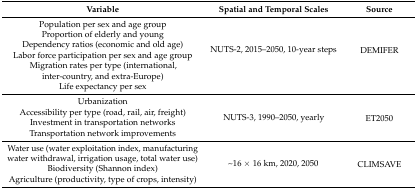
<table><thead><tr><td><b>Variable</b></td><td><b>Spatial and Temporal Scales</b></td><td><b>Source</b></td></tr></thead><tbody><tr><td>Population per sex and age group</td><td rowspan="6">NUTS-2, 2015–2050, 10-year steps</td><td rowspan="6">DEMIFER</td></tr><tr><td>Proportion of elderly and young</td></tr><tr><td>Dependency ratios (economic and old age)</td></tr><tr><td>Labor force participation per sex and age group</td></tr><tr><td>Migration rates per type (international, inter-country, and extra-Europe)</td></tr><tr><td>Life expectancy per sex</td></tr><tr><td>Urbanization</td><td rowspan="4">NUTS-3, 1990–2050, yearly</td><td rowspan="4">ET2050</td></tr><tr><td>Accessibility per type (road, rail, air, freight)</td></tr><tr><td>Investment in transportation networks</td></tr><tr><td>Transportation network improvements</td></tr><tr><td>Water use (water exploitation index, manufacturing water withdrawal, irrigation usage, total water use)</td><td rowspan="3">~16 × 16 km, 2020, 2050</td><td rowspan="3">CLIMSAVE</td></tr><tr><td>Biodiversity (Shannon index)</td></tr><tr><td>Agriculture (productivity, type of crops, intensity)</td></tr></tbody></table>